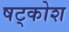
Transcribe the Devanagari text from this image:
षट्कोश